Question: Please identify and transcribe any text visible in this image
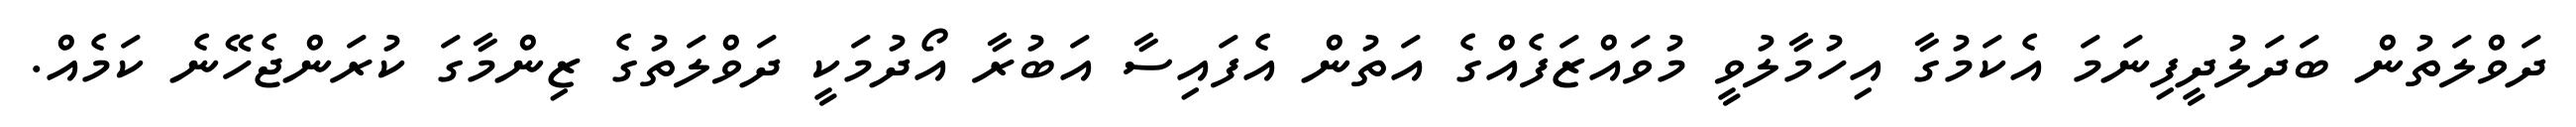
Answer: ދަވްލަތުން ބަދަލުދީފިނަމަ އެކަމުގާ އިހުމާލުވީ މުވައްޒަފެއްގެ އަތުން އެފައިސާ އަބުރާ އޯދުމަކީ ދަވްލަތުގެ ޒިންމާގަ ކުރަންޖެހޭނެ ކަމެއް.